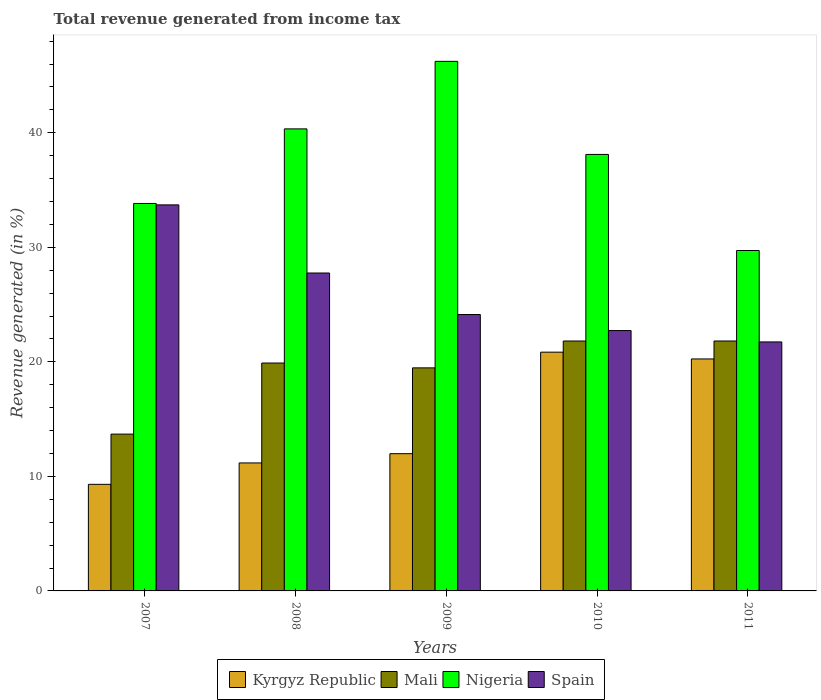
| Years | Kyrgyz Republic | Mali | Nigeria | Spain |
 | --- | --- | --- | --- | --- |
 | 2007 | 9.31 | 13.7 | 33.8 | 33.7 |
 | 2008 | 11.2 | 19.9 | 40.3 | 27.8 |
 | 2009 | 12 | 19.5 | 46.2 | 24.1 |
 | 2010 | 20.8 | 21.8 | 38.1 | 22.7 |
 | 2011 | 20.3 | 21.8 | 29.7 | 21.7 |